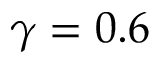
\gamma = 0 . 6